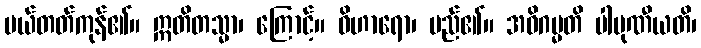
ပယ်တတ်ကုန်၏။ ဣတိတသ္မာ၊ ကြောင့်။ ဝိဟာရော၊ မည်၏။ အဓိဂမ္မတိ ပါပုဏီယတိ၊